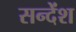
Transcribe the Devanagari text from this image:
सन्देंश